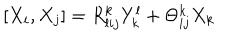
LaTeX: [ X _ { i } , X _ { j } ] = R _ { l i j } ^ { k } Y _ { k } ^ { l } + \Theta _ { i j } ^ { k } X _ { k }